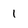
Character: 1